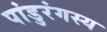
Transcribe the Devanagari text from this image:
पांडुरंगस्य